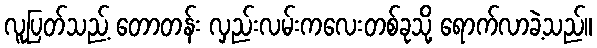
လူပြတ်သည့် တောတန်း လှည်းလမ်းကလေးတစ်ခုသို့ ရောက်လာခဲ့သည်။